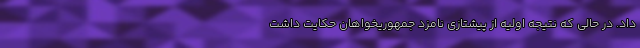
داد. در حالی که نتیجه اولیه از پیشتازی نامزد جمهوریخواهان حکایت داشت